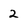
Character: 2